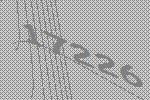
17226